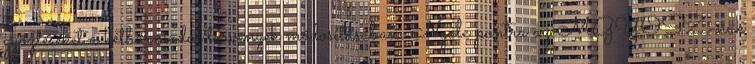
győzteseket a kétharmados törvények módosításában. Nyolc pontra az MGYOSZ-nak